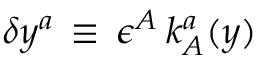
\delta y ^ { a } \, \equiv \, \epsilon ^ { A } \, k _ { A } ^ { a } ( y )